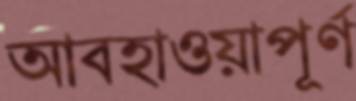
আবহাওয়াপূর্ণ